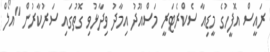
ރައީސް އޮފީހުގެ މީޑިއާ ސެކްރެޓަރީ މަސްއޫދު އިމާދު ވިދާޅުވި ގޮތުގައި ސަރުކާރުން "އޯލް